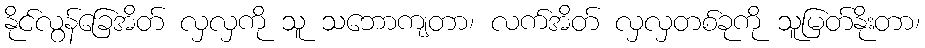
နိုင်လွန်ခြေအိတ် လှလှကို သူ သဘောကျတာ၊ လက်အိတ် လှလှတစ်ခုကို သူမြတ်နိုးတာ၊